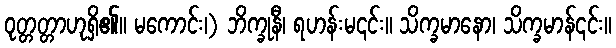
ဝုတ္တတ္တာဟုရှိ၏။ မကောင်း၊) ဘိက္ခုနီ၊ ရဟန်းမ၎င်း။ သိက္ခမာနော၊ သိက္ခမာန်၎င်း။